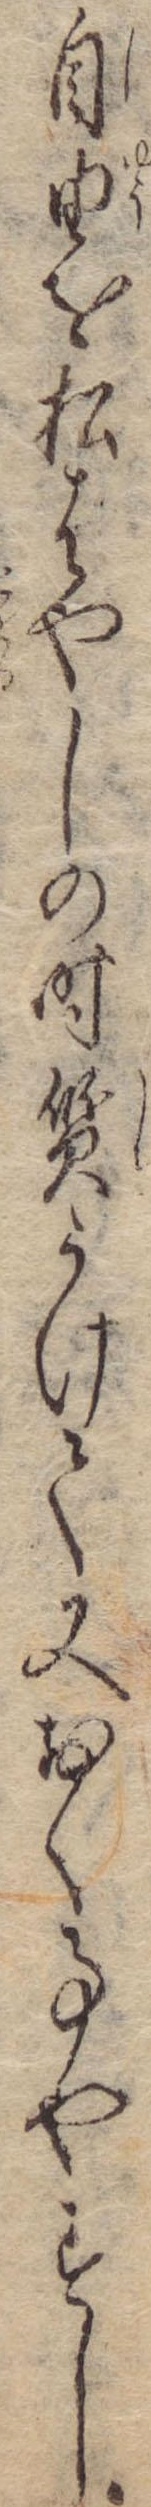
自由を松ばやしの時質うけて又おく事やすし